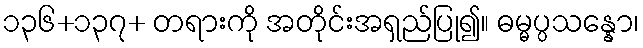
၁၃၆+၁၃၇+ တရားကို အတိုင်းအရှည်ပြု၍။ ဓမ္မပ္ပသန္နော၊